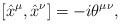
LaTeX: \begin{align*}[\hat{x}^{\mu}, \hat{x}^{\nu}] = - i \theta^{\mu \nu},\end{align*}